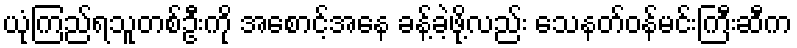
ယုံကြည်ရသူတစ်ဦးကို အစောင့်အနေ ခန့်ခဲ့ဖို့လည်း သေနတ်ဝန်မင်းကြီးဆီက